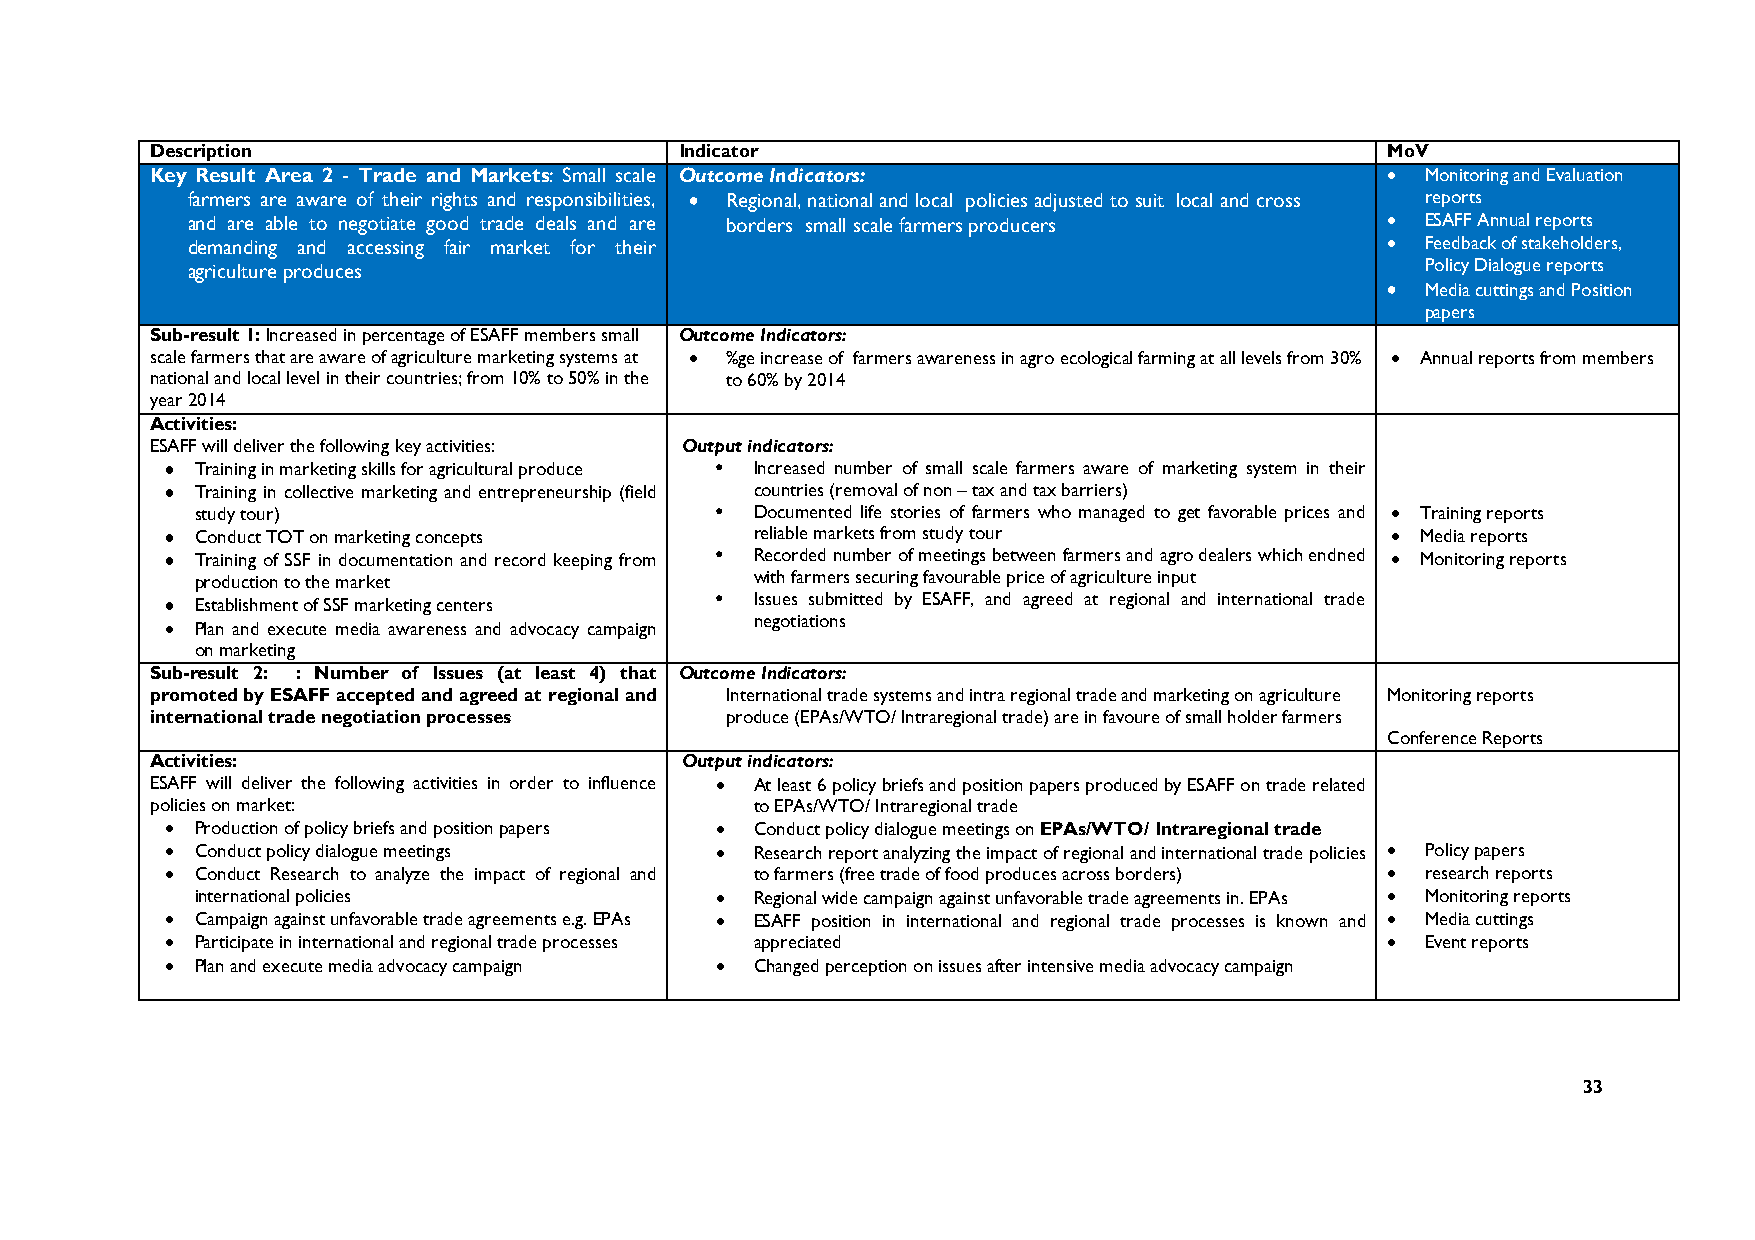
Description                        Indicator                                      MoV
 Key Result Area 2 - Trade and Markets: Small scale Outcome Indicators:            • Monitoring and Evaluation
 farmers are aware of their rights and responsibilities, • Regional, national and local policies adjusted to suit local and cross reports
 and are able to negotiate good trade deals and are borders small scale farmers producers • ESAFF Annual reports
 demanding and accessing fair market for their                                   • Feedback of stakeholders,
 agriculture produces                                                              Policy Dialogue reports
 •
 Media cuttings and Position
 papers
 Sub-result 1: Increased in percentage of ESAFF members small Outcome Indicators:
 scale farmers that are aware of agriculture marketing systems at • %ge increase of farmers awareness in agro ecological farming at all levels from 30% • Annual reports from members
 national and local level in their countries; from 10% to 50% in the to 60% by 2014
 year 2014
 Activities:
 ESAFF will deliver the following key activities: Output indicators:
 •••• Training in marketing skills for agricultural produce • Increased number of small scale farmers aware of marketing system in their
 •••• Training in collective marketing and entrepreneurship (field countries (removal of non – tax and tax barriers)
 study tour)                       •  Documented life stories of farmers who managed to get favorable prices and • Training reports
 •••• Conduct TOT on marketing concepts reliable markets from study tour          • Media reports
 •••• Training of SSF in documentation and record keeping from • Recorded number of meetings between farmers and agro dealers which endned • Monitoring reports
 production to the market             with farmers securing favourable price of agriculture input
 •••• Establishment of SSF marketing centers • Issues submitted by ESAFF, and agreed at regional and international trade
 •••• Plan and execute media awareness and advocacy campaign negotiations
 on marketing
 Sub-result 2: : Number of Issues (at least 4) that Outcome Indicators:
 promoted by ESAFF accepted and agreed at regional and International trade systems and intra regional trade and marketing on agriculture Monitoring reports
 international trade negotiation processes produce (EPAs/WTO/ Intraregional trade) are in favoure of small holder farmers
 Conference Reports
 Activities:                        Output indicators:
 ESAFF will deliver the following activities in order to influence • At least 6 policy briefs and position papers produced by ESAFF on trade related
 policies on market:                     to EPAs/WTO/ Intraregional trade
 • Production of policy briefs and position papers • Conduct policy dialogue meetings on EPAs/WTO/ Intraregional trade
 • Conduct policy dialogue meetings  •  Research report analyzing the impact of regional and international trade policies • Policy papers
 • Conduct Research to analyze the impact of regional and to farmers (free trade of food produces across borders) • research reports
 international policies            •  Regional wide campaign against unfavorable trade agreements in. EPAs • Monitoring reports
 • Campaign against unfavorable trade agreements e.g. EPAs • ESAFF position in international and regional trade processes is known and • Media cuttings
 • Participate in international and regional trade processes appreciated          • Event reports
 • Plan and execute media advocacy campaign • Changed perception on issues after intensive media advocacy campaign
 33